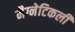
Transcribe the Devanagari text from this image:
मैग्नेटिकली